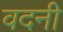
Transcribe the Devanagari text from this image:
वदनी